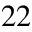
2 2